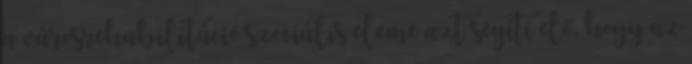
a városrehabilitáció szociális eleme azt segíti elő, hogy az